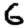
Digit: 6